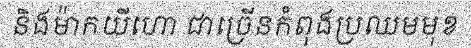
និងម៉ាកយីហោ ជាច្រើនកំពុងប្រឈមមុខ